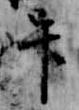
畢